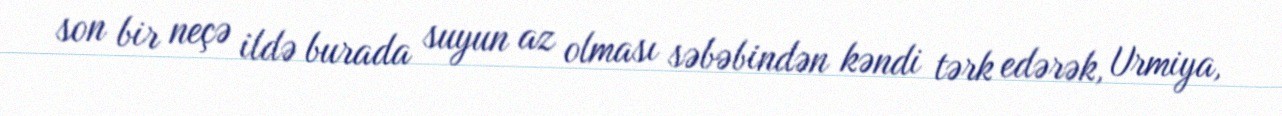
son bir neçə ildə burada suyun az olması səbəbindən kəndi tərk edərək, Urmiya,